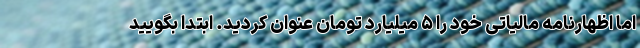
اما اظهارنامه مالیاتی خود را ۵ میلیارد تومان عنوان کردید. ابتدا بگویید